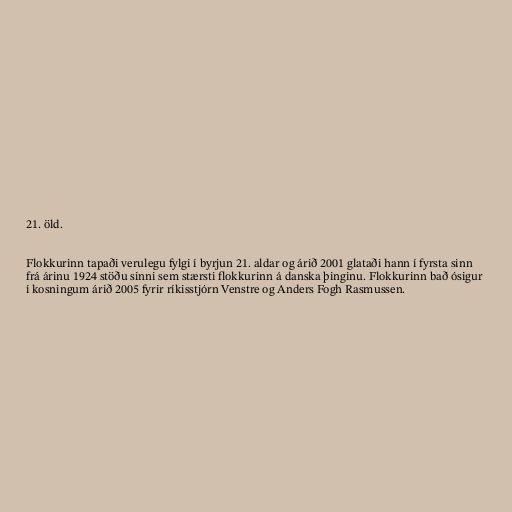
21. öld.

Flokkurinn tapaði verulegu fylgi í byrjun 21. aldar og árið 2001 glataði hann í fyrsta sinn
frá árinu 1924 stöðu sinni sem stærsti flokkurinn á danska þinginu. Flokkurinn bað ósigur
í kosningum árið 2005 fyrir ríkisstjórn Venstre og Anders Fogh Rasmussen.